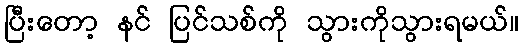
ပြီးတော့ နင် ပြင်သစ်ကို သွားကိုသွားရမယ်။